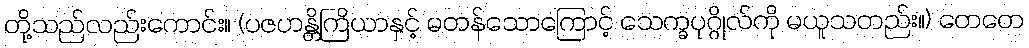
တို့သည်လည်းကောင်း။ (ပဇဟန္တိကြိယာနှင့် မတန်သောကြောင့် သေက္ခပုဂ္ဂိုလ်ကို မယူသတည်း။) တေတေ